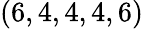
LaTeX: (6,4,4,4,6)